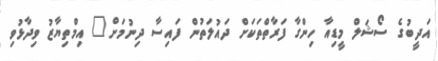
އަދީބުގެ ސޯޝަލް މީޑިއާ ހިންގާ ފަރާތްތަކަށް ދައުލަތުން ފައިސާ ދިނުމަށް" އިމްތިޔާޒު ވިދާޅުވި